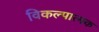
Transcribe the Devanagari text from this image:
विकल्पात्मक